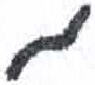
אות: מ